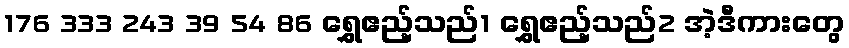
176 333 243 39 54 86 ရွှေဧည့်သည်1 ရွှေဧည့်သည်2 အဲ့ဒီကားတွေ